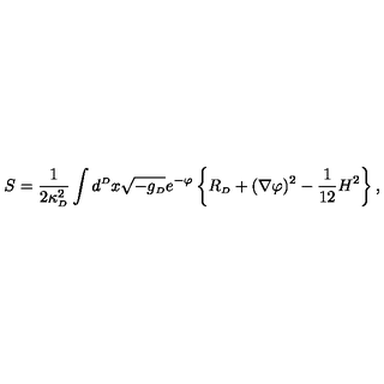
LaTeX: S = { \frac { 1 } { 2 \kappa _ { \scriptscriptstyle { D } } ^ { 2 } } } \int d ^ { \scriptscriptstyle { D } } x \sqrt { - g _ { \scriptscriptstyle { D } } } e ^ { - \varphi } \left\{ R _ { \scriptscriptstyle { D } } + ( \nabla \varphi ) ^ { 2 } - { \frac { 1 } { 1 2 } } H ^ { 2 } \right\} ,